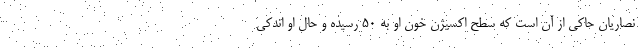
نصاریان حاکی از آن است که سطح اکسیژن خون او به ۵۰ رسیده و حال او اندکی